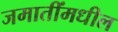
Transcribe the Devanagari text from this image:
जमातींमधील